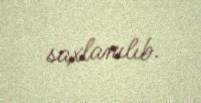
saxlanılıb.